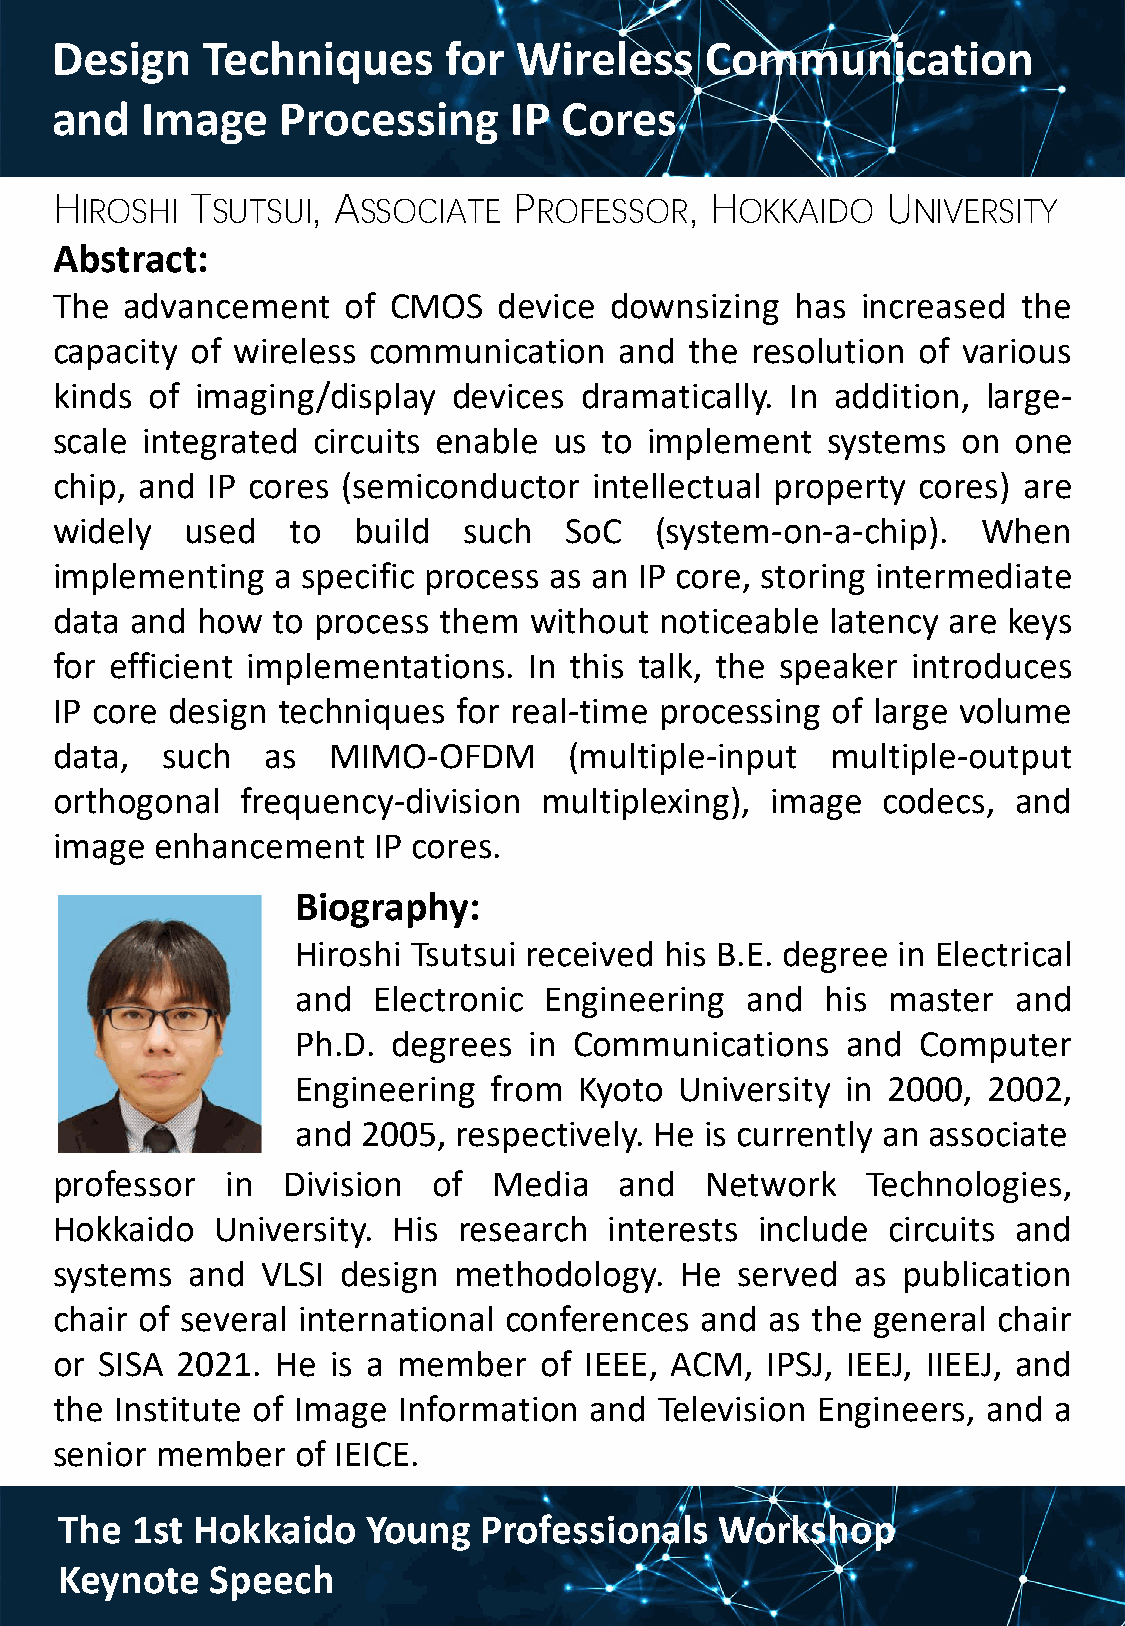
Design    Techniques      for  Wireless     Communication
 and   Image     Processing     IP Cores
 H         T       , A          P           , H          U
 IROSHI   SUTSUI    SSOCIATE   ROFESSOR      OKKAIDO    NIVERSITY
 Abstract:
 The  advancement    of CMOS   device downsizing   has increased  the
 capacity  of wireless communication   and  the resolution of various
 kinds  of imaging/display  devices dramatically. In addition, large-
 scale integrated  circuits enable us to implement   systems  on one
 chip, and  IP cores (semiconductor  intellectual property cores) are
 widely   used   to  build   such  SoC   (system-on-a-chip).   When
 implementing   a specific process as an IP core, storing intermediate
 data  and how  to process them  without  noticeable latency are keys
 for efficient implementations.  In this talk, the speaker introduces
 IP core design techniques  for real-time processing of large volume
 data,   such  as   MIMO-OFDM       (multiple-input  multiple-output
 orthogonal   frequency-division  multiplexing), image  codecs,  and
 image  enhancement    IP cores.
 Biography:
 Hiroshi Tsutsui received his B.E. degree in Electrical
 and  Electronic Engineering  and   his master  and
 Ph.D. degrees  in Communications    and  Computer
 Engineering from  Kyoto  University in 2000, 2002,
 and 2005, respectively. He is currently an associate
 professor   in  Division  of  Media   and   Network   Technologies,
 Hokkaido   University. His research  interests include  circuits and
 systems  and  VLSI  design methodology.   He  served  as publication
 chair of several international conferences and  as the general chair
 or SISA  2021. He  is a member   of IEEE, ACM,  IPSJ, IEEJ, IIEEJ, and
 the  Institute of Image Information and  Television Engineers, and a
 senior member    of IEICE.
 The  1st Hokkaido   Young   Professionals   Workshop
 Keynote   Speech